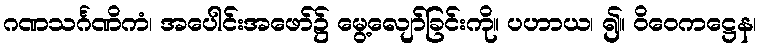
ဂဏသင်္ဂဏိကံ၊ အပေါင်းအဖော်၌ မွေ့လျော်ခြင်းကို။ ပဟာယ၊ ၍။ ဝိဝေကဋ္ဌေန၊